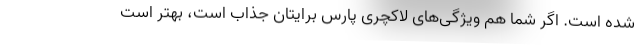
شده است. اگر شما هم ویژگی­های لاکچری پارس برایتان جذاب است، بهتر است